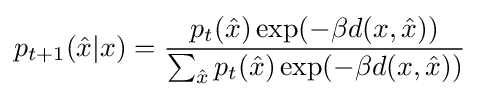
p_{t+1}({\hat {x}}|x)={\frac {p_{t}({\hat {x}})\exp(-\beta d(x,{\hat {x}}))}{\sum _{\hat {x}}p_{t}({\hat {x}})\exp(-\beta d(x,{\hat {x}}))}}